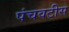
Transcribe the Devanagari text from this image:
पंचवटीस